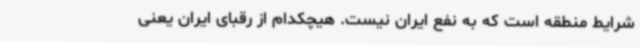
شرایط منطقه است که به نفع ایران نیست. هیچکدام از رقبای ایران یعنی